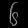
Digit: ၆